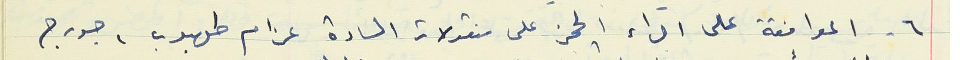
٦ - الموافقة على اجراء الحجز على منقولات السادة عزام طهبوب ، جورج